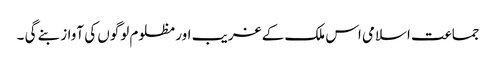
جماعت اسلامی اس ملک کے غریب اور مظلوم لوگوں کی آواز بنے گی ۔